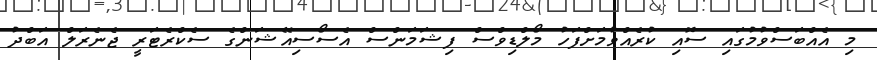
މި އެއްބަސްވުމުގައި ސޮއި ކުރެއްވުމަށްފަހު މޯލްޑިވްސް ފިޝަމަންސް އެސޯސިއޭޝަންގެ ސެކްރެޓަރީ ޖެނެރަލް އަބްދު